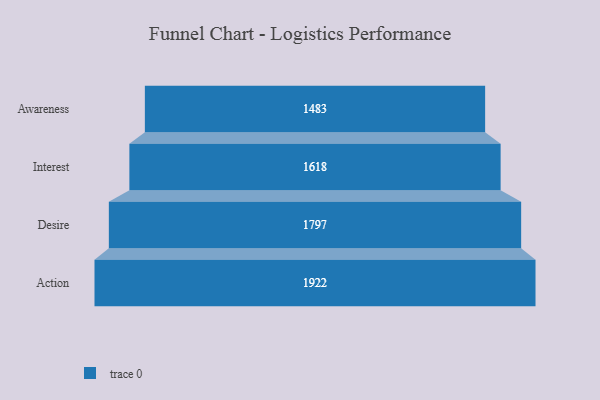
{"axis": {"x": "Stage", "y": "Value"}, "legend": [""], "data": [{"x": "Awareness", "y": 1483.0, "type": ""}, {"x": "Interest", "y": 1618.0, "type": ""}, {"x": "Desire", "y": 1797.0, "type": ""}, {"x": "Action", "y": 1922.0, "type": ""}]}